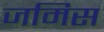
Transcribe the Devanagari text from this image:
जमिस